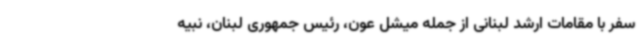
سفر با مقامات ارشد لبنانی از جمله میشل عون، رئیس جمهوری لبنان، نبیه